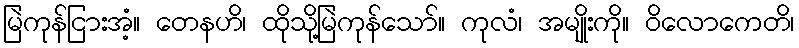
မြဲကုန်ငြားအံ့။ တေနဟိ၊ ထိုသို့မြဲကုန်သော်။ ကုလံ၊ အမျိုးကို။ ဝိလောကေတိ၊